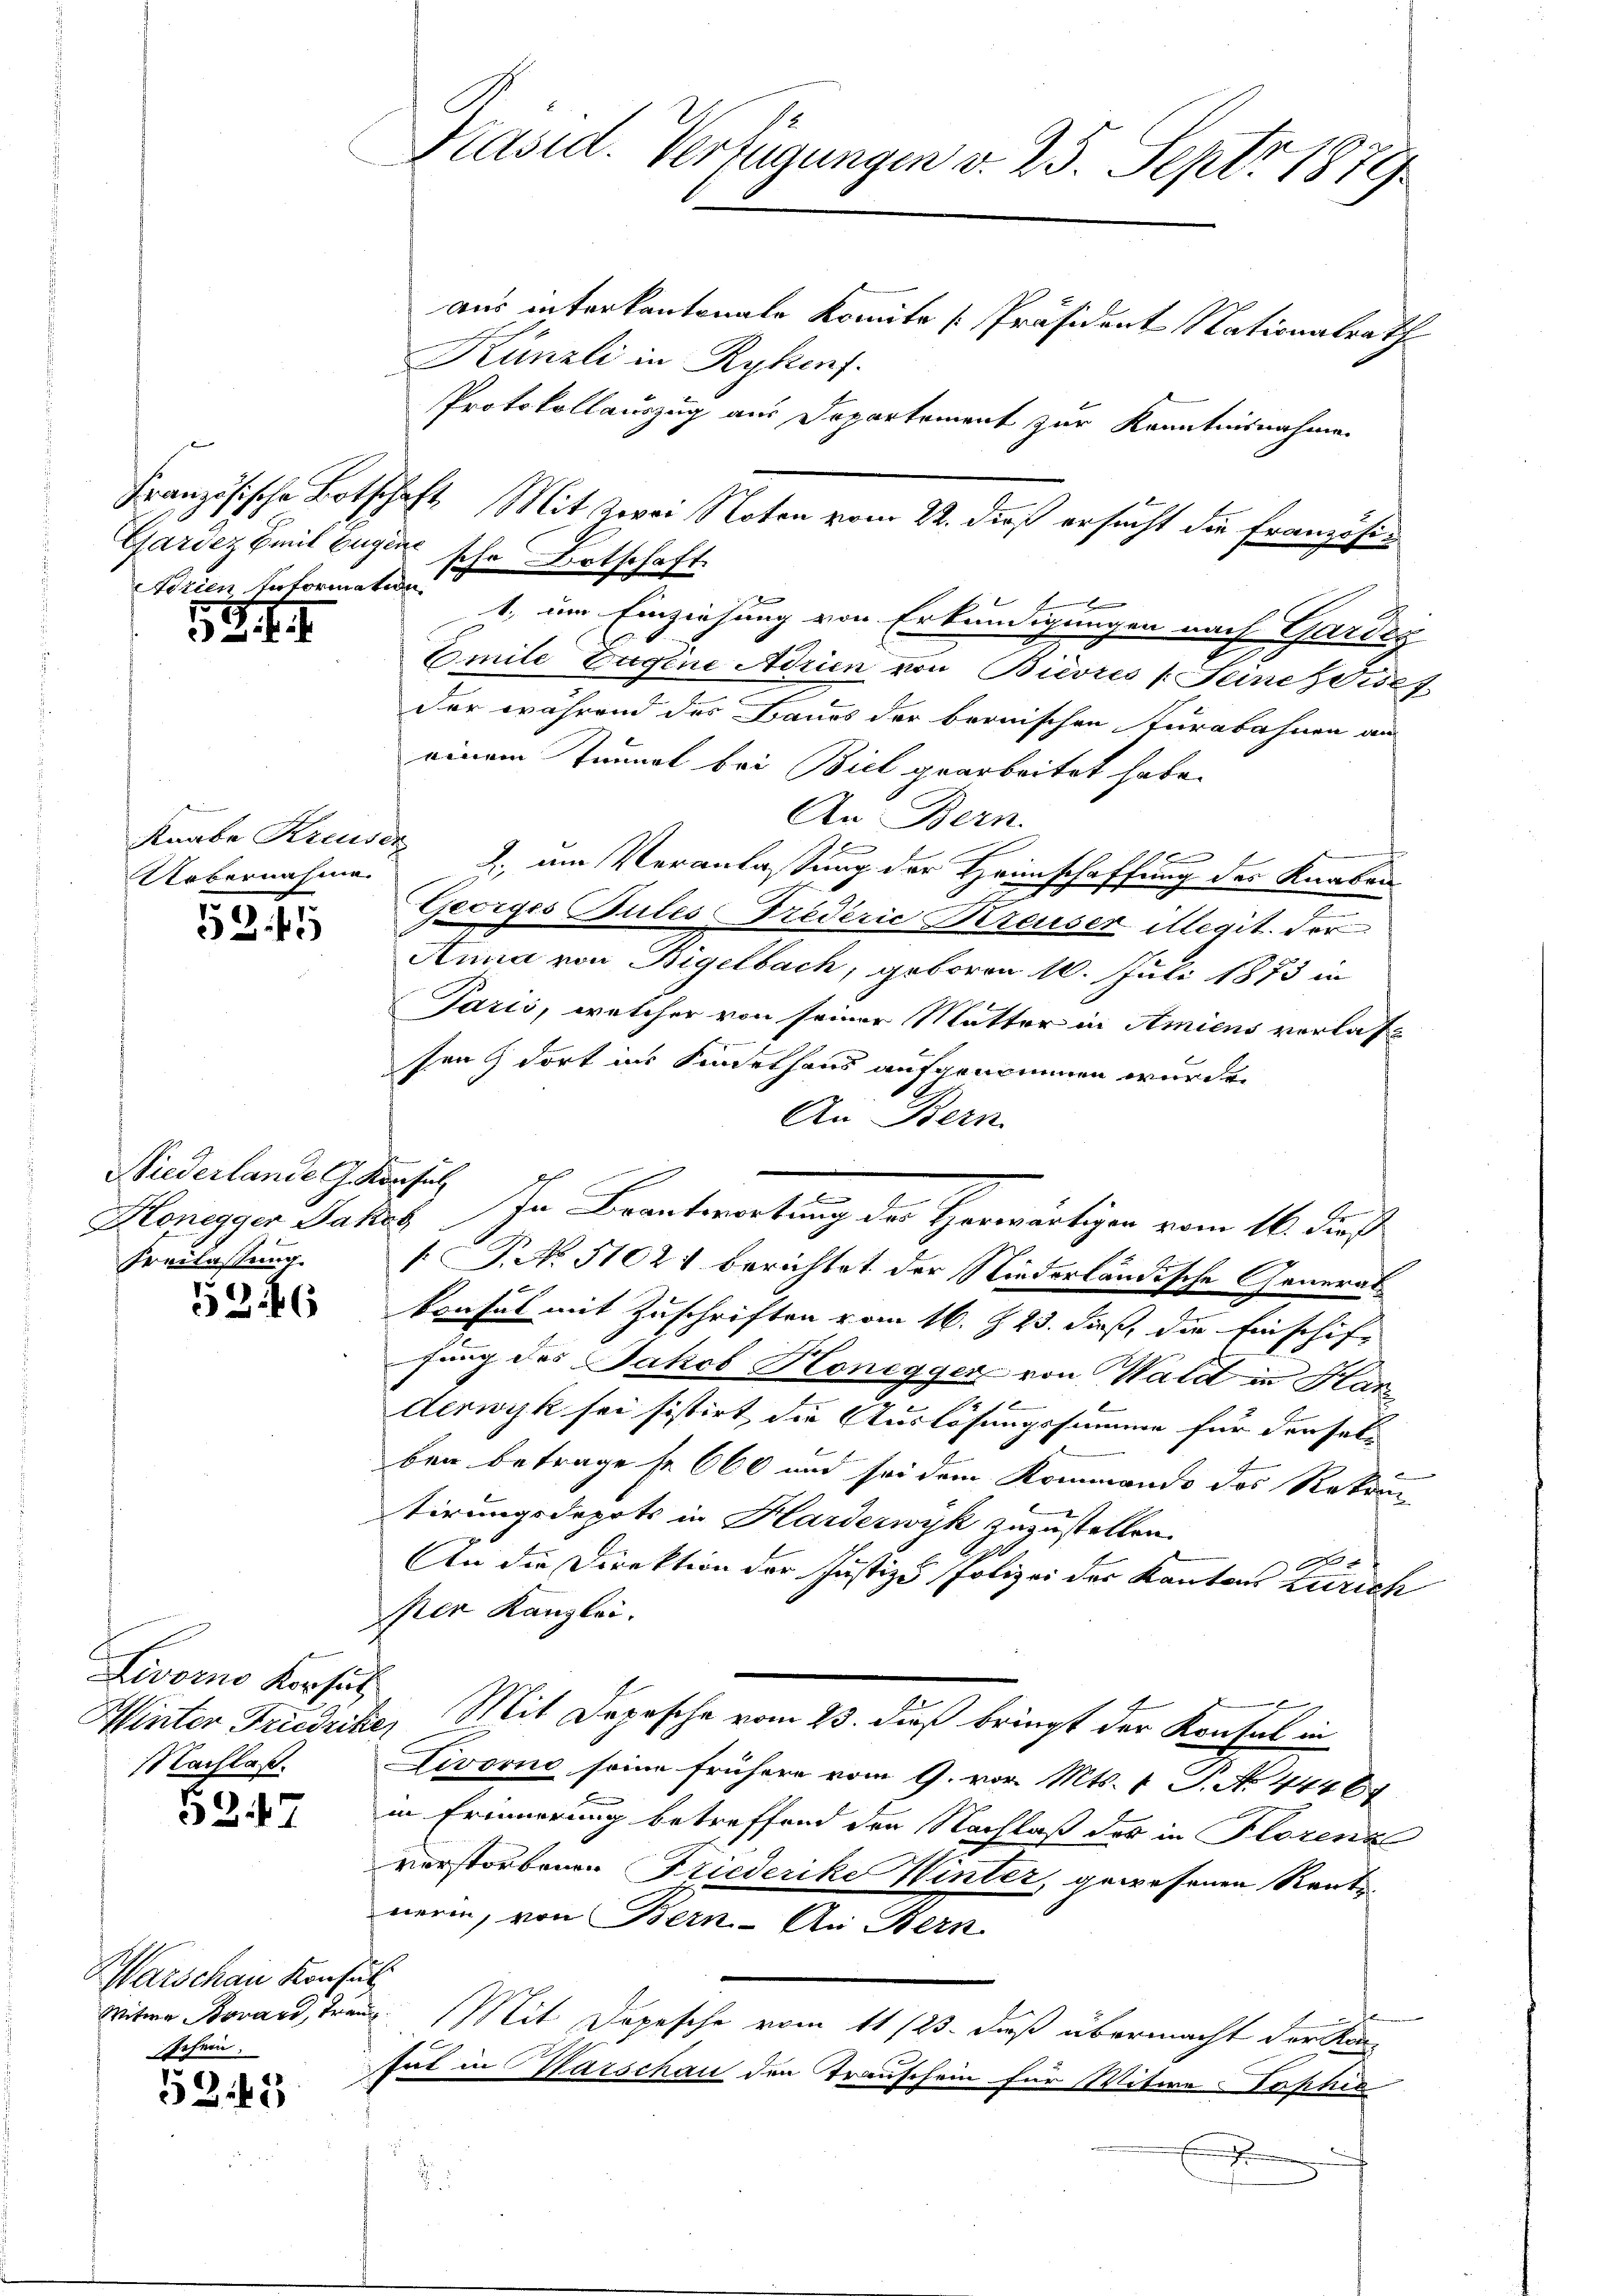
G.

Uebernahme

58 f 1

Niederlande G. Konsul
Honegger Jakob
Freilassung.

52.6

Livorno Korsul
Nachlaß.

52.47

Warschau Konsen
Witwe Bonard, Fran
Jchein

53:45

Künzli in Rykonf.
Protokollauszug aus Departement zur Kenntnisnahme
Französische Botschaft. Mit Zwei Noten vom 22. dieß ersucht die Französi¬
Gardez Emil Eugensche Ortschaft.
1
Forien Informere, um Einziehung von Erkundigungen nach Gardeg
Emile Eugine Adrien von Bievres (Seine zwisch
der während des Baues der beonischen Kurabahnen an
einem Tunnel bei Biel gearbeitet habe.
An Bern.
e
.
Knabe Kreuse d. um Veranlassung der Heimschaffung der Knaben
Georges Bules Frederie Bereuser illegit. Vor
Anna von Bigelbach, geboren 10. Juli 1873 in
Paris, welcher von seiner Mutter in Amiens verlas
sen dort ins Kindethaus aufgenommen wurden
An Bern.
Ihr Beantwortung der Herwärtigen vom 16. dies
[ P. No. 51021 berichtet der Niederländische Generalkonsul mit Zuschriften vom 16. Z. 23. dieß, die Einschiffung des Jakob Honegger von Wald in Har
derwyk sei sistirt, die Auslösungssumme für denselben betrage so 660 und sei dem Kommando des Rekrun
tirungsdepots in Harderwyk zuzustellen.
An die Direktion der Justiz & Polizei der Kantons Zürich
per Kanzlei.
E
Winter Trudicke, Mit Depesche vom 23. dieß bringt der Konsul in
Livorno seine frühere vom 9. vor. Mts. 1 P. No. 44467
in Erinnerung betreffend den Nachlaß des in Florenze
verstorbenen Friederike Winter, gewesenen Renten
nerin, von Bern - An Bern
7
. Mit Depesche vom 11/23. dieß übermacht der Kontut in Warschau den Trauschein für Witwe Sophie
J
.

Käsid. Verfügungen v. 25. Sept. 1879.
aus interkantonale komite [Präsident Nationalrath